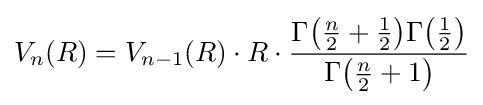
V_{n}(R)=V_{n-1}(R)\cdot R\cdot {\frac {\Gamma {\bigl (}{\tfrac {n}{2}}+{\tfrac {1}{2}}{\bigr )}\Gamma {\bigl (}{\tfrac {1}{2}}{\bigr )}}{\Gamma {\bigl (}{\tfrac {n}{2}}+1{\bigr )}}}